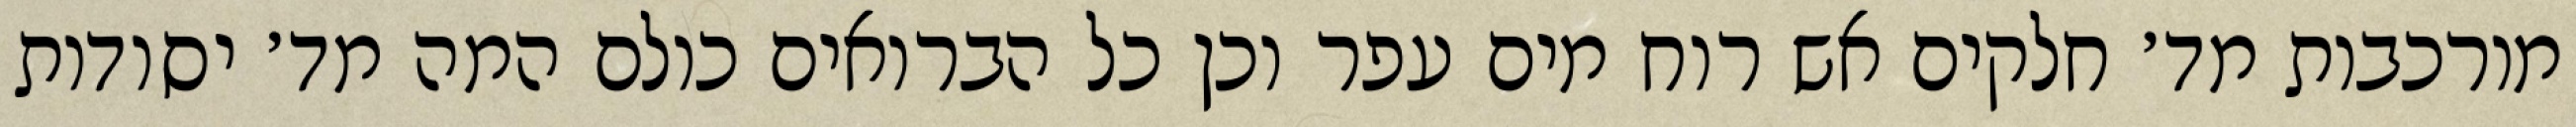
מורכבות מד׳ חלקים אש רוח מים עפר וכן כל הברואים כולם המה מד׳ יסודות